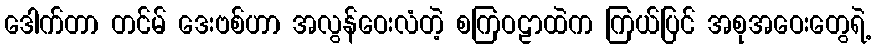
ဒေါက်တာ တင်မ် ဒေးဗစ်ဟာ အလွန်ဝေးလံတဲ့ စကြဝဠာထဲက ကြယ်ပြင် အစုအဝေးတွေရဲ့